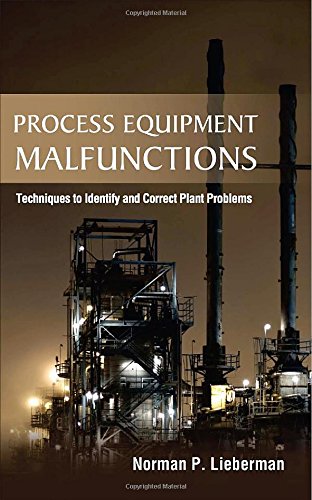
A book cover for Process Equipment Malfunctions: Techniques to Identify and Correct Plant Problems; Norman Lieberman; Science & Math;